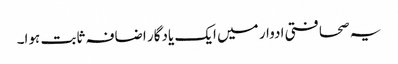
یہ صحافتی ادوار میں ایک یادگار اضافہ ثابت ہوا۔